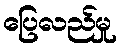
ပြေလည်မှု